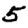
Digit: 5